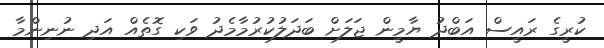
ކުރީގެ ރައީސް އަބްދު ޔާމީން ޖަލަށް ބަދަލުކުރުމާމެދު ވަކި ގޮތެއް އަދި ނުނިންމާ